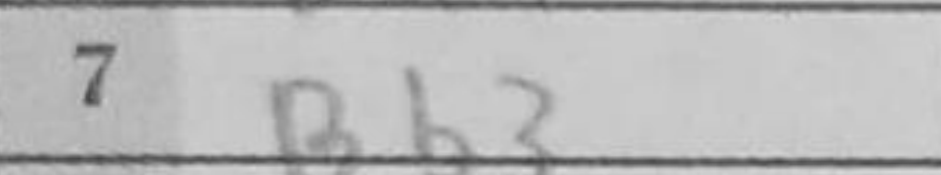
Transcription: Bb3